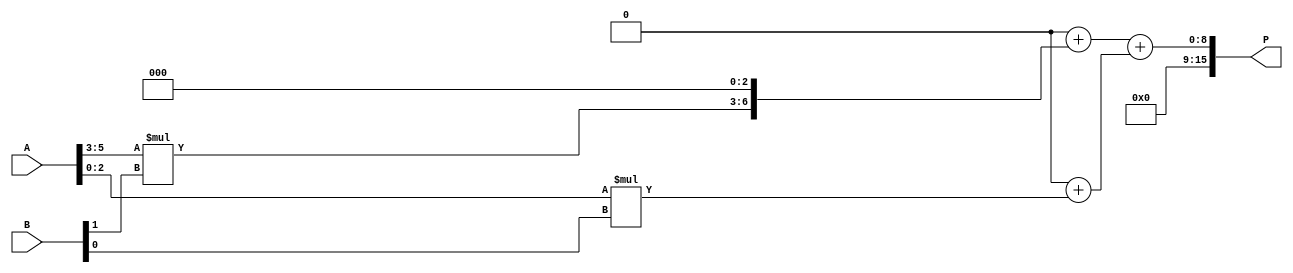
module higher_radix_wallace_tree_multiplier #(
    parameter N = 8, // Width of inputs
    parameter RADIX = 8 // Radix can be 8 or 16
)(
    input [N-1:0] A,
    input [N-1:0] B,
    output reg [2*N-1:0] P
);

    // Internal signals for partial products
    reg [2*N-1:0] partial_products [0:N/3-1]; // For Radix-8
    reg [2*N-1:0] sum [0:N/3-1]; // To hold sums during reduction

    // Generate partial products based on Radix
    integer i;
    always @* begin
        // Clear partial products
        for (i = 0; i < N/3; i = i + 1) begin
            partial_products[i] = 0;
        end

        // Generate partial products for Radix-8
        if (RADIX == 8) begin
            for (i = 0; i < N; i = i + 3) begin
                partial_products[i/3] = (A[i +: 3] * B[i/3]) << (i); // Shift based on position
            end
        end
        // Generate partial products for Radix-16
        else if (RADIX == 16) begin
            for (i = 0; i < N; i = i + 4) begin
                partial_products[i/4] = (A[i +: 4] * B[i/4]) << (i); // Shift based on position
            end
        end
    end

    // Reduction logic using Wallace Tree
    integer j, k;
    always @* begin
        // Initialize sums
        for (j = 0; j < N/3; j = j + 1) begin
            sum[j] = 0;
        end

        // Sum the partial products
        for (j = 0; j < N/3; j = j + 1) begin
            sum[j] = sum[j] + partial_products[j];
        end

        // Wallace Tree reduction (simplified for demonstration)
        // This section would need to be expanded to handle the full tree structure
        for (j = 0; j < N/3 - 1; j = j + 1) begin
            // Example of a simple reduction step
            sum[j + 1] = sum[j + 1] + sum[j]; // Combine sums
        end

        // Final addition to produce the product
        P = sum[N/3 - 1]; // Final product
    end

endmodule